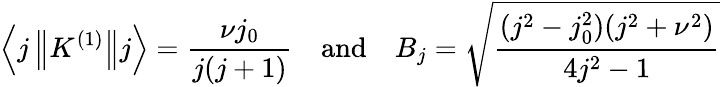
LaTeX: \left\langle j\left\| K^{(1)}\right\| j\right\rangle={\frac{\nu j_{0}}{j(j+1)}}\quad{\mathrm{and}}\quad B_{j}={\sqrt{\frac{(j^{2}-j_{0}^{2})(j^{2}+\nu^{2})}{4j^{2}-1}}}